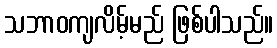
သဘာဝကျလိမ့်မည် ဖြစ်ပါသည်။